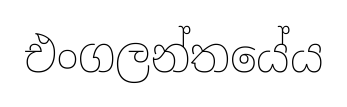
එංගලන්තයේය